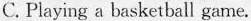
C. Playing a basketball game.